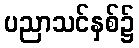
ပညာသင်နှစ်၌